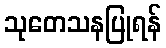
သုတေသနပြုရန်